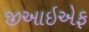
જીઆઇએફ